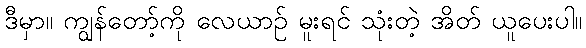
ဒီမှာ။ ကျွန်တော့်ကို လေယာဉ် မူးရင် သုံးတဲ့ အိတ် ယူပေးပါ။